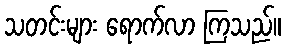
သတင်းများ ရောက်လာ ကြသည်။